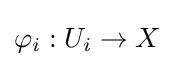
\varphi _{i}:U_{i}\to X